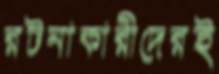
রটনাকারীদেরই